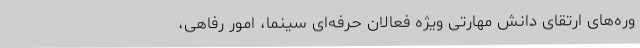
وره‌های ارتقای دانش مهارتی ویژه فعالان حرفه‌ای سینما، امور رفاهی،